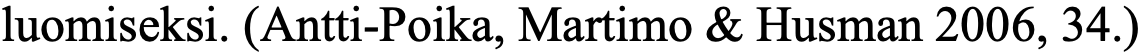
luomiseksi. (Antti-Poika, Martimo & Husman 2006, 34.)